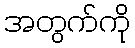
အတွက်ကို